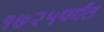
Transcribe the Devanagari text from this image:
१७२५पर्यंत